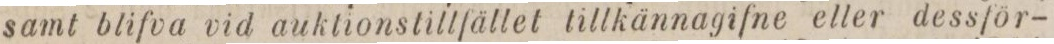
samt blifva vid auktionstillfället tillkännagifne eller dessför-